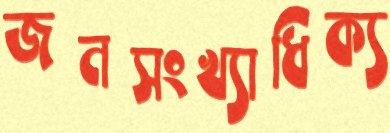
জনসংখ্যাধিক্য